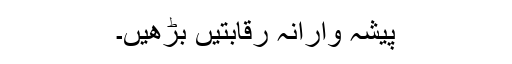
پیشہ وارانہ رقابتیں بڑھیں۔